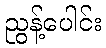
ညွန့်ပေါင်း